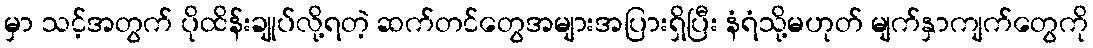
မှာ သင့်အတွက် ပိုထိန်းချုပ်လို့ရတဲ့ ဆက်တင်တွေအများအပြားရှိပြီး နံရံသို့မဟုတ် မျက်နှာကျက်တွေကို